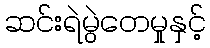
ဆင်းရဲမွဲတေမှုနှင့်